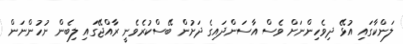
ލަންކާގައި އުޅޭ ދިވެހިންނަށް ވެސް އާސަންދައިގެ ދަށުން ބޭސްކުރެވެނީ ރާއްޖޭގައި ލިބެން ނުހުންނަން